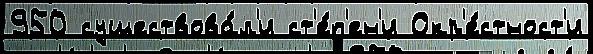
950 существова́л'и ст'е́п'ен'и Окр'е́стност'и